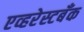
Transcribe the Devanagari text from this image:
एव्हरेस्टबँक